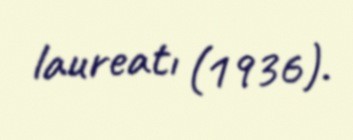
laureatı (1936).